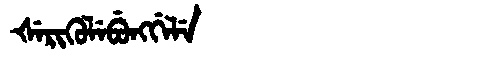
Manchu: ᡧᡝᡵᡳᡴᡠᠯᡝᠪᡠᠩᡤᡝᠯᡝ
Romanization: ŠERIKULEBUNGGELE